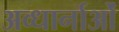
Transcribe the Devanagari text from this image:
अव्धार्नाओं